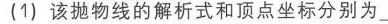
分析：先将欲证式变形
为：
\[
\frac{CC_{1}}{AA_{1}}+\frac{CC_{1}}{BB_{1}} = 1
\]
图 \(9 - 3\)

由相似形，易证：\(\frac{CC_{1}}{AA_{1}}=\frac{BC_{1}}{AB}\) \textcircled{1}  \(\frac{CC_{1}}{BB_{1}}=\frac{AC_{1}}{AB}\) \textcircled{2}

两式相加即可

例4 梯形\(ABCD\)的对角线\(AC\)、\(BD\)交于\(O\)，过\(O\)点作底边\(BC\)的平行线交两腰\(AB\)、\(CD\)于\(M\)、\(N\)(图\(9 - 4\))。